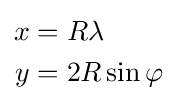
{\begin{aligned}x&=R\lambda \\y&=2R\sin \varphi \end{aligned}}